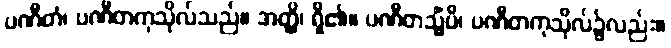
ပဏီတံ၊ ပဏီတကုသိုလ်သည်။ အတ္ထိ၊ ရှိ၏။ ပဏီတသ္မိံပိ၊ ပဏီတကုသိုလ်၌လည်း။